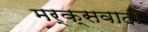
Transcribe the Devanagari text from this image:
मर्क्सवादी